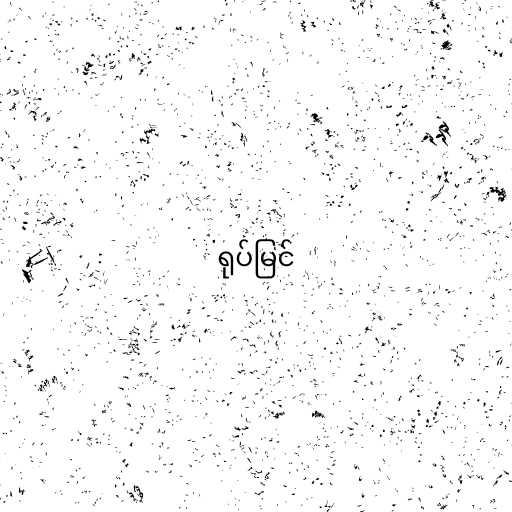
ရုပ်မြင်